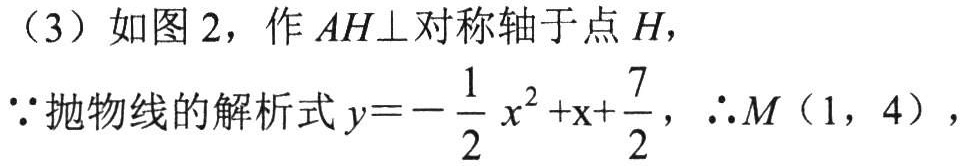
（3）如图 2，作 \(AH\perp\)对称轴于点 \(H\)，
\(\because\)抛物线的解析式\(y = -\frac{1}{2}x^{2}+x+\frac{7}{2}\)，\(\therefore M(1,4)\)，